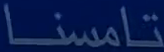
تامسنا